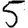
Digit: 5